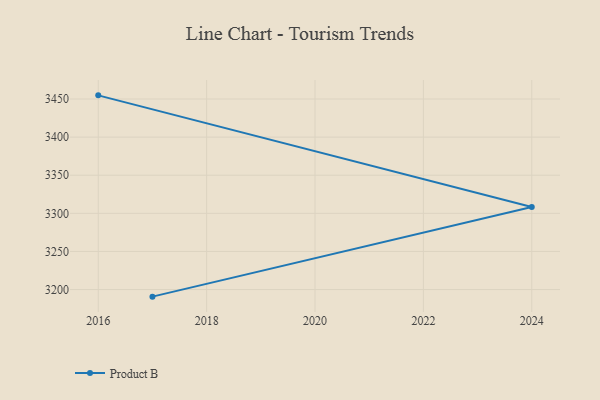
{"axis": {"x": "Year", "y": "Energy Usage (MWh)"}, "legend": ["Product B"], "data": [{"x": "2016", "y": 3454.8, "type": "Product B"}, {"x": "2024", "y": 3308.2, "type": "Product B"}, {"x": "2017", "y": 3190.7, "type": "Product B"}]}